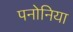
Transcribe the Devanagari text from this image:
पनोनिया